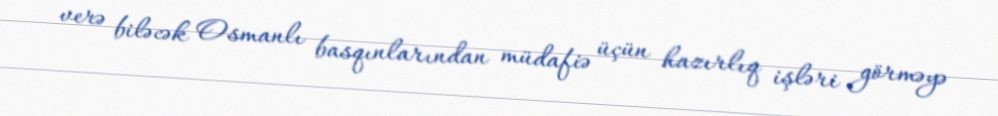
verə biləcək Osmanlı basqınlarından müdafiə üçün hazırlıq işləri görməyə